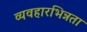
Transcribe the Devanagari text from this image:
व्यवहारभिन्नता